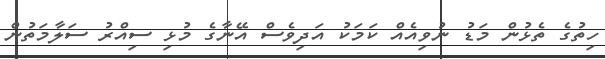
ހިތުގެ ތެޅުން މަޑު ނުވިއެއް ކަމަކު އަދިވެސް އޭނާގެ މުޅި ސިއްރު ސަލާމަތުން